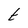
Character: t